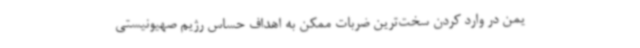
یمن در وارد کردن سخت‌ترین ضربات ممکن به اهداف حساس رژیم صهیونیستی